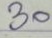
30